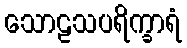
သောဠသပရိက္ခာရံ